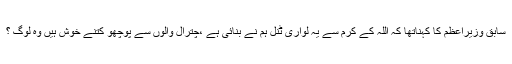
سابق وزیراعظم کا کہناتھا کہ اللہ کے کرم سے یہ لواری ٹنل ہم نے بنائی ہے ،چترال والوں سے پوچھو کتنے خوش ہیں وہ لوگ ؟